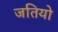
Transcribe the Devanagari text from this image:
जतियो